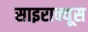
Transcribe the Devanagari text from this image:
साइराक्यूस